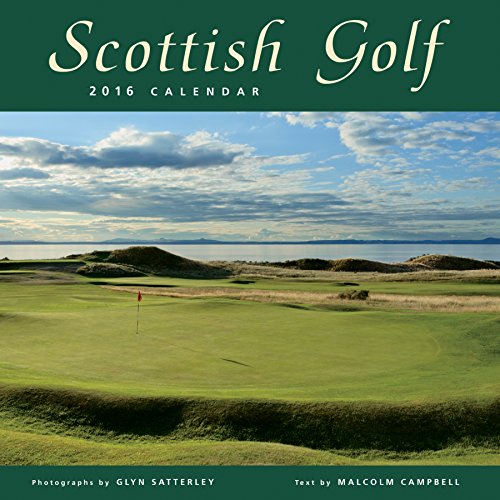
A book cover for Scottish Golf Wall Calendar by Colin Baxter Photography; Calendars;